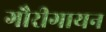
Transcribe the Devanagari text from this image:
गौरीगायन